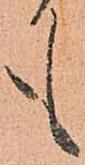
も